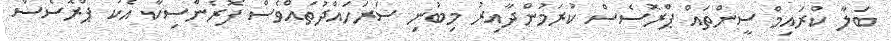
ބަލާ ކްރައިމް ސީންތައް ޕްރޮސެސް ކުރަމުންދާއިރު މިބުނި ސަރަހައްދުތައްވެސް ފޮރެންސިކާ އެކު ޕްރޮސެސް